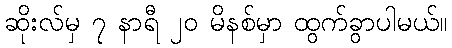
ဆိုးလ်မှ ၇ နာရီ ၂၀ မိနစ်မှာ ထွက်ခွာပါမယ်။